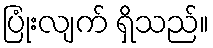
ပြုံးလျက် ရှိသည်။